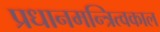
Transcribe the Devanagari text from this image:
प्रधानमन्त्रित्वकाल